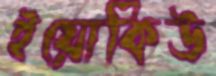
ইয়োকিউ